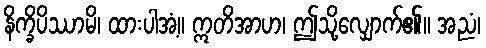
နိက္ခိပိဿာမိ၊ ထားပါအံ့။ ဣတိအာဟ၊ ဤသို့လျှောက်၏။ အညံ၊